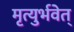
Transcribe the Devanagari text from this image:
मृत्युर्भवेत्